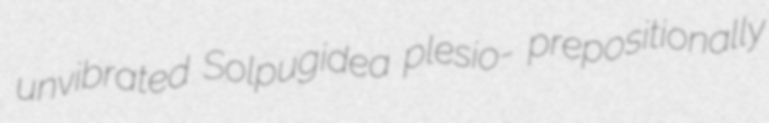
unvibrated Solpugidea plesio- prepositionally